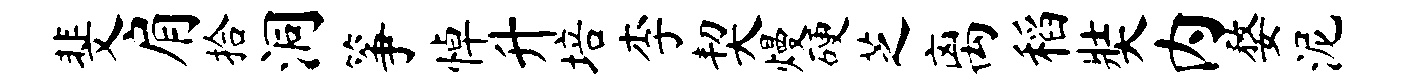
斐肩拾洞筝悼升培李契熳硬芝离稻奘内婺泥